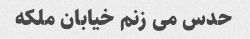
حدس می زنم خیابان ملکه